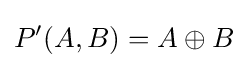
P'(A,B)=A\oplus B